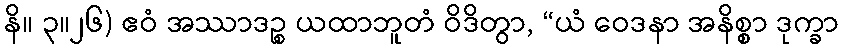
နိ။ ၃။၂၆) ဧဝံ အဿာဒဉ္စ ယထာဘူတံ ဝိဒိတွာ, “ယံ ဝေဒနာ အနိစ္စာ ဒုက္ခာ